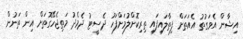
އިޝާން އެވަގުތު އެއަތަށް ފިތާލައިފައި ތިރިކޮށްލުމަށްފަހު ދެސީޓު ދެމެދު މަތިޖެހޭގޮތަށް އިން ތަނުން